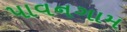
પાવનગામ